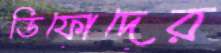
ডিফোদের